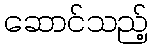
ဆောင်သည့်